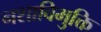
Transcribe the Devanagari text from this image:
नशाविमुक्ति